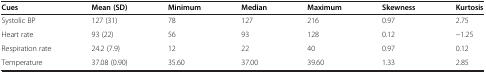
<table><thead><tr><td><b>Cues</b></td><td><b>Mean (SD)</b></td><td><b>Minimum</b></td><td><b>Median</b></td><td><b>Maximum</b></td><td><b>Skewness</b></td><td><b>Kurtosis</b></td></tr></thead><tbody><tr><td>Systolic BP</td><td>127 (31)</td><td>78</td><td>127</td><td>216</td><td>0.97</td><td>2.75</td></tr><tr><td>Heart rate</td><td>93 (22)</td><td>56</td><td>93</td><td>128</td><td>0.12</td><td>−1.25</td></tr><tr><td>Respiration rate</td><td>24.2 (7.9)</td><td>12</td><td>22</td><td>40</td><td>0.97</td><td>0.12</td></tr><tr><td>Temperature</td><td>37.08 (0.90)</td><td>35.60</td><td>37.00</td><td>39.60</td><td>1.33</td><td>2.85</td></tr></tbody></table>